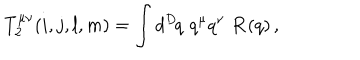
T _ { 2 } ^ { \mu \nu } ( i , j , l , m ) = \int d ^ { D } \! q \, \, q ^ { \mu } q ^ { \nu } \, \, { \bf R } ( q ) \, ,